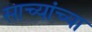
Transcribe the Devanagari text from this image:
साच्यांच्या